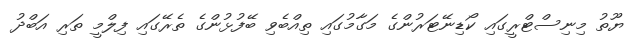
ޔޫތު މިނިސްޓްރީގައި ކޯޑިނޭޓަރުންގެ މަގާމުގައި ތިއްބެވި ބޭފުޅުންގެ ތެރޭގައި ފިލްމީ ތަރި އަބްދު